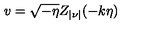
v = \sqrt { - \eta } Z _ { | \nu | } ( - k \eta )